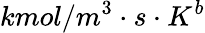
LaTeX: kmol/m^{3}\cdot s\cdot K^{b}